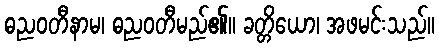
ဓညဝတီနာမ၊ ဓညဝတီမည်၏။ ခတ္တိယော၊ အဖမင်းသည်။